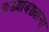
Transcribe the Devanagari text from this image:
कच्च्याबच्च्यांना